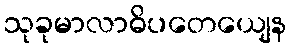
သုခုမာလာဓိပတေယျေန